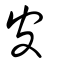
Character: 皮